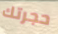
حجرتك